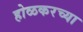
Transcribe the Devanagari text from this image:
होळकरच्या